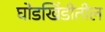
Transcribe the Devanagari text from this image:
घोडखिंडीतील